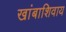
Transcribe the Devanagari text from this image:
खांबाशिवाय